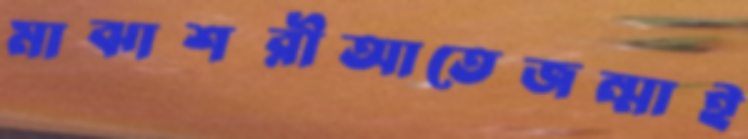
মাঝাশরীআতেজন্মাই